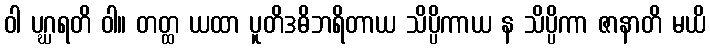
ဝါ ပဂ္ဃရတိ ဝါ။ တတ္ထ ယထာ ပူတိဒဓိဘရိတာယ သိပ္ပိကာယ န သိပ္ပိကာ ဇာနာတိ မယိ